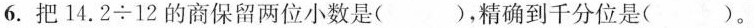
6.把$$1 4 . 2 \div 1 2$$的商保留两位小数是( )，精确到千分位是( )。